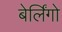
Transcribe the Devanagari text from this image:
बेर्लिंगो